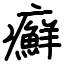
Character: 癬